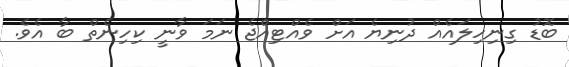
ބޮޑު ގިނިހިލައެއް ދުނިޔެ އަށް ވެއްޓިއްޖެ ނަމަ ވާނީ ކިހިނެތް ބާ އެވެ.